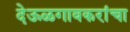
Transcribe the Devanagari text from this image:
देऊळगावकरांचा